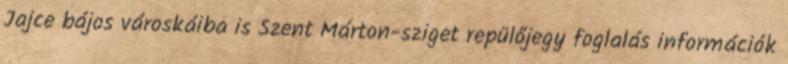
Jajce bájos városkáiba is Szent Márton-sziget repülőjegy foglalás információk